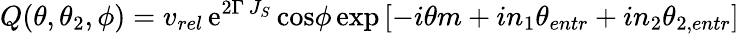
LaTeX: Q(\theta,\theta_{2},\phi)=v_{rel}\, \mathrm{e}^{2\Gamma\, J_{S}}\, \mathrm{cos}\phi\, \mathrm{exp}\left[-i\theta m+in_{1}\theta_{entr}+in_{2}\theta_{2,entr}\right]